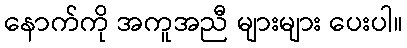
နောက်ကို အကူအညီ များများ ပေးပါ။